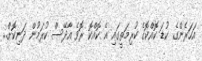
އަހަރެންގެ ކުޑަ ކޮއްކޮގެ ކުރިމަތީގައި އެ ކޮއްކޮ ރޮވެ އާދޭސް ކުރަމުން ދަނިކޮށް..